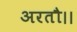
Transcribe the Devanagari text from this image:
अरतौ।।